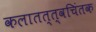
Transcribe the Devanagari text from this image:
कलातत्त्वचिंतक